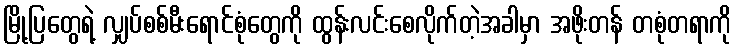
မြို့ပြတွေရဲ့ လျှပ်စစ်မီးရောင်စုံတွေကို ထွန်းလင်းစေလိုက်တဲ့အခါမှာ အဖိုးတန် တစုံတရာကို